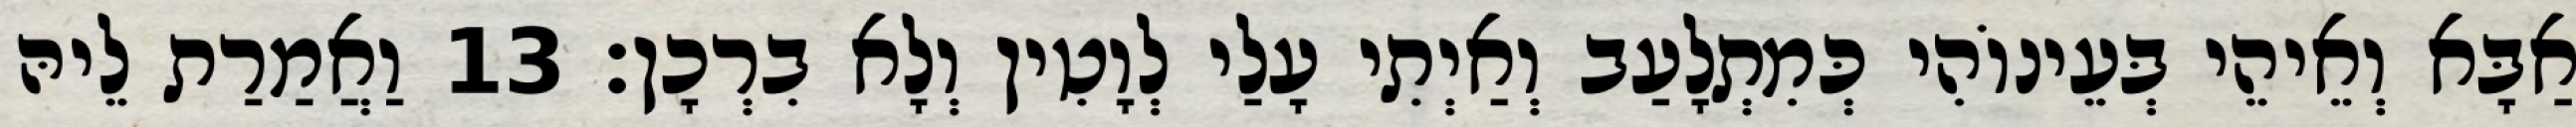
אַבָּא וְאֵיהֵי בְּעֵינוֹהִי כְּמִתְלָעַב וְאַיְתִי עָלַי לְוָטִין וְלָא בִרְכָן׃ 13 וַאֲמַרַת לֵיהּ